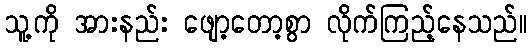
သူ့ကို အားနည်း ဖျော့တော့စွာ လိုက်ကြည့်နေသည်။